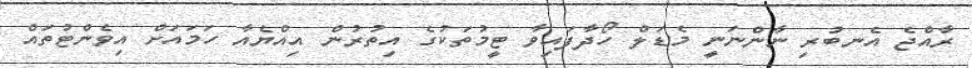
ރާއްޖެ އެނބުރި ނާންނަނީ މެޑަލް ހޯދާފައިވާ ޓީމުތަކުގެ އިތުރުން އިއްޔެއާ ހަމައަށް އިވެންޓުތައް